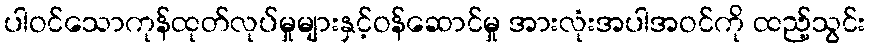
ပါဝင်သောကုန်ထုတ်လုပ်မှုများနှင့်ဝန်ဆောင်မှု အားလုံးအပါအဝင်ကို ထည့်သွင်း